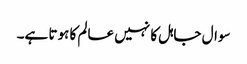
سوال جاہل کا نہیں عالم کا ہوتا ہے۔